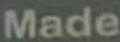
Made